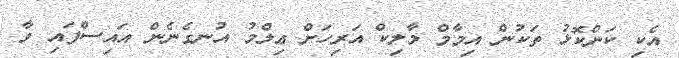
އެކި ކަންކޮޅު ތަކުން އިމާމް މާލިކް އަރިހަށް ޢިލްމު އުނގެނެން އައިސްފައި ވާ